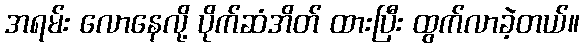
အရမ်း လောနေလို့ ပိုက်ဆံအိတ် ထားပြီး ထွက်လာခဲ့တယ်။